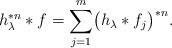
LaTeX: \begin{align*}h_\lambda^{*n}\ast f=\sum_{j=1}^m \bigl( h_\lambda\ast f_j \bigr)^{*n}.\end{align*}